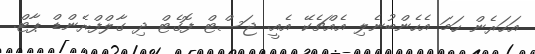
އަހަރެން ހަމަ އެހެންބުނެލި އެއްޗެކޭ އެއީ. ޖަސްޓް ފޮގެޓް ދި ގާލްފްރެންޑް ޕާޓް.